Vaccination in Bombay 1902-1912 - 1902-1912
Year: 1902
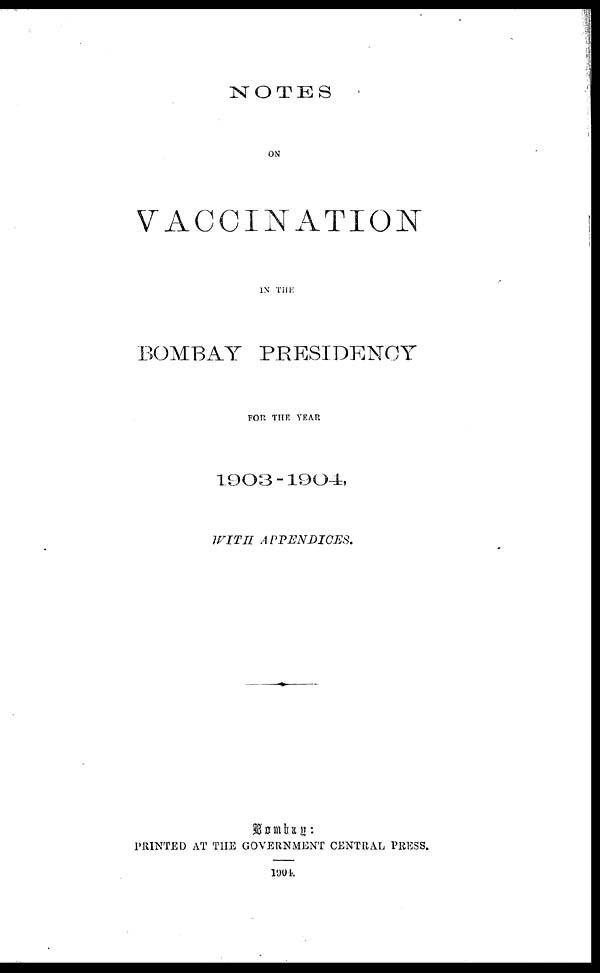
NOTES
ON
VACCINATION
IN THE
BOMBAY PRESIDENCY
FOR THE YEAR
1903 -1904,
WITH
APPENDICES.
PRINTED AT THE GOVERNMENT CENTRAL PRESS.
1904.